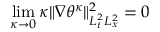
\operatorname* { l i m } _ { \kappa \to 0 } \kappa \| \nabla \theta ^ { \kappa } \| _ { L _ { t } ^ { 2 } L _ { x } ^ { 2 } } ^ { 2 } = 0